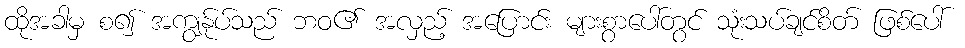
ထိုအခါမှ စ၍ အကျွန်ုပ်သည် ဘဝ၏ အလှည့် အပြောင်း များစွာပေါ်တွင် သုံးသပ်ချင်စိတ် ဖြစ်ပေါ်